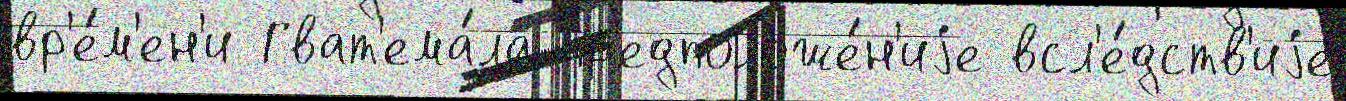
вр'е́м'ен'и Гват'ема́ла пр'едположе́н'иjе всл'е́дств'иjе